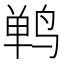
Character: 𫛴